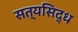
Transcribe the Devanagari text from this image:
सत्यसिद्ध